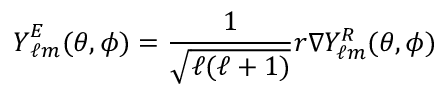
\boldsymbol { Y } _ { \ell m } ^ { E } ( \theta , \phi ) = \frac { 1 } { \sqrt { \ell ( \ell + 1 ) } } r \boldsymbol { \nabla } Y _ { \ell m } ^ { \cal R } ( \theta , \phi )